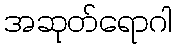
အဆုတ်ရောဂါ